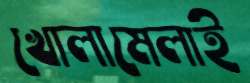
খোলামেলাই